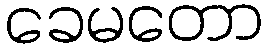
ခေမတော